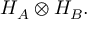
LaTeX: H _ { A } \otimes H _ { B } .